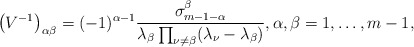
\begin{align*}\left(V^{-1}\right)_{\alpha\beta} = (-1)^{\alpha-1} \frac{\sigma_{m-1-\alpha}^{\beta}}{\lambda_{\beta} \prod_{\nu\neq\beta} (\lambda_{\nu} - \lambda_{\beta})}, \alpha, \beta = 1, \dots, m-1,\end{align*}